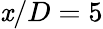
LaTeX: \mathit{x}/D=5